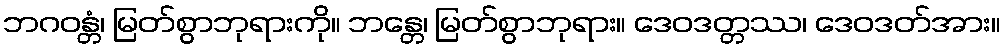
ဘဂဝန္တံ၊ မြတ်စွာဘုရားကို။ ဘန္တေ၊ မြတ်စွာဘုရား။ ဒေဝဒတ္တဿ၊ ဒေဝဒတ်အား။